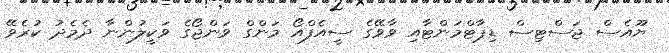
ޔޫއެސް ޖަސްޓިސް ޑިޕާޓްމަންޓާއި ވާވޭގެ ސީއެފްއޯ މަންގް ވަންޖޯގެ ވަކީލުންނާ ދެމެދު ކުރެވޭ